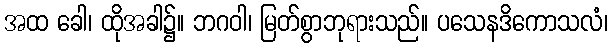
အထ ခေါ၊ ထိုအခါ၌။ ဘဂဝါ၊ မြတ်စွာဘုရားသည်။ ပသေနဒိကောသလံ၊